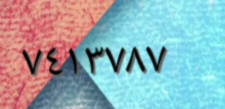
٧٤١٣٧٨٧